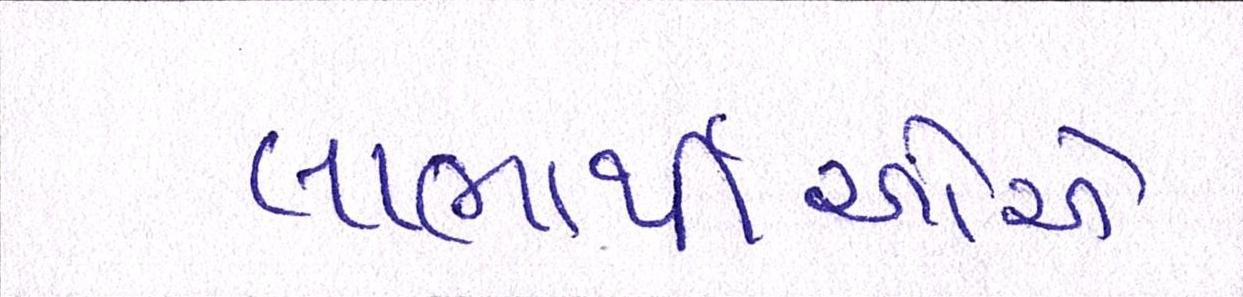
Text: લાભાર્થીઓએ